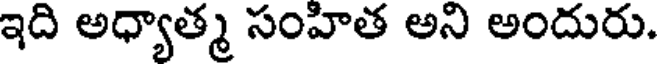
ఇది అధ్యాత్మ సంహిత అని అందురు.